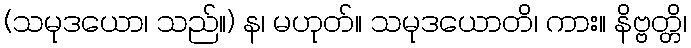
(သမုဒယော၊ သည်။) န၊ မဟုတ်။ သမုဒယောတိ၊ ကား။ နိဗ္ဗတ္တိ၊